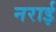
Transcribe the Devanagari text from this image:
नराई